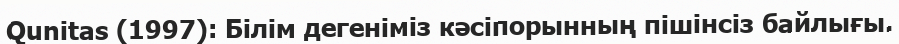
Qunitas (1997): Білім дегеніміз кәсіпорынның пішінсіз байлығы.